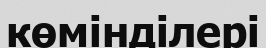
көмінділері